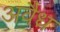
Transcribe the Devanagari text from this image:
अवैध